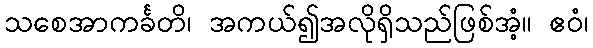
သစေအာကင်္ခတိ၊ အကယ်၍အလိုရှိသည်ဖြစ်အံ့။ ဧဝံ၊